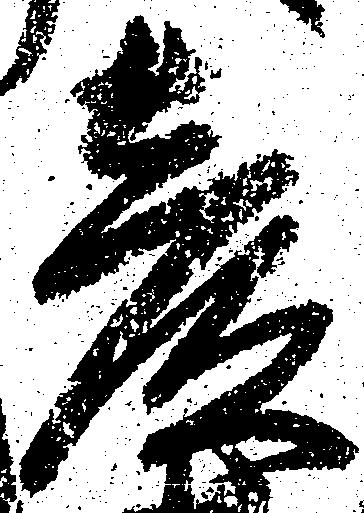
彦